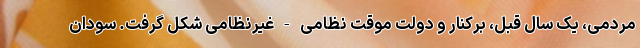
مردمی، یک سال قبل، برکنار و دولت موقت نظامی - غیرنظامی شکل گرفت. سودان